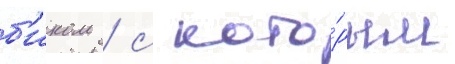
б'иком / с кото́рым